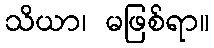
သိယာ၊ မဖြစ်ရာ။